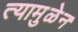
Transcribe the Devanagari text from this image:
त्यामुळेन